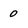
Character: 0